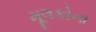
મૂલકોના